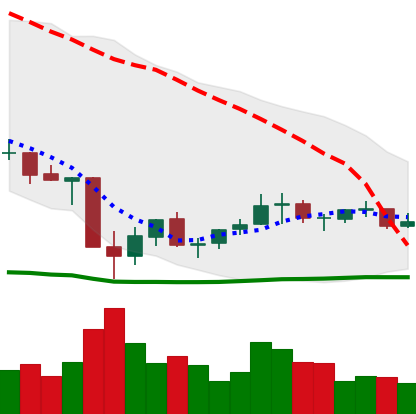
Ticker: EOS-USD
Chart end date: 2021-07-06
Forward return: 4.898%
Label: up_3_5